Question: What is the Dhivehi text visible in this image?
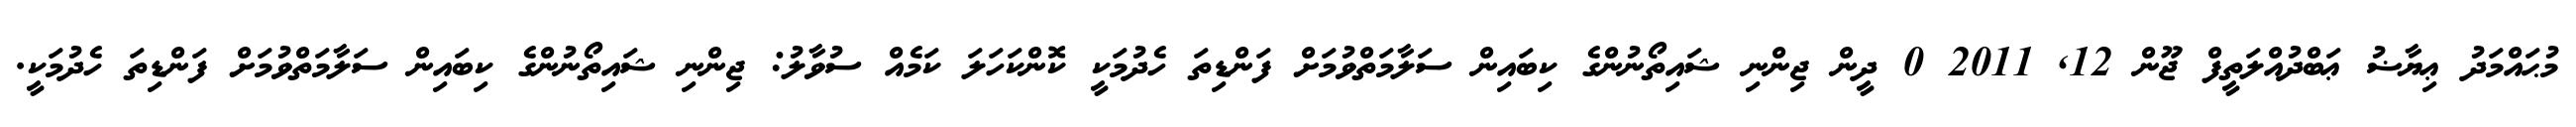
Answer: މުޙައްމަދު ޢިޔާޟު ޢަބްދުއްލަތީފް ޖޫން 12, 2011 0 ދީން ޖިންނި ޝައިތޯނުންގެ ކިބައިން ސަލާމަތްވުމަށް ފަންޑިތަ ހެދުމަކީ ކޮންކަހަލަ ކަމެއް ސުވާލު: ޖިންނި ޝައިތޯނުންގެ ކިބައިން ސަލާމަތްވުމަށް ފަންޑިތަ ހެދުމަކީ.